Civil Veterinary Dept. Assam report 1911-1927 - 1911-1927
Year: 1911
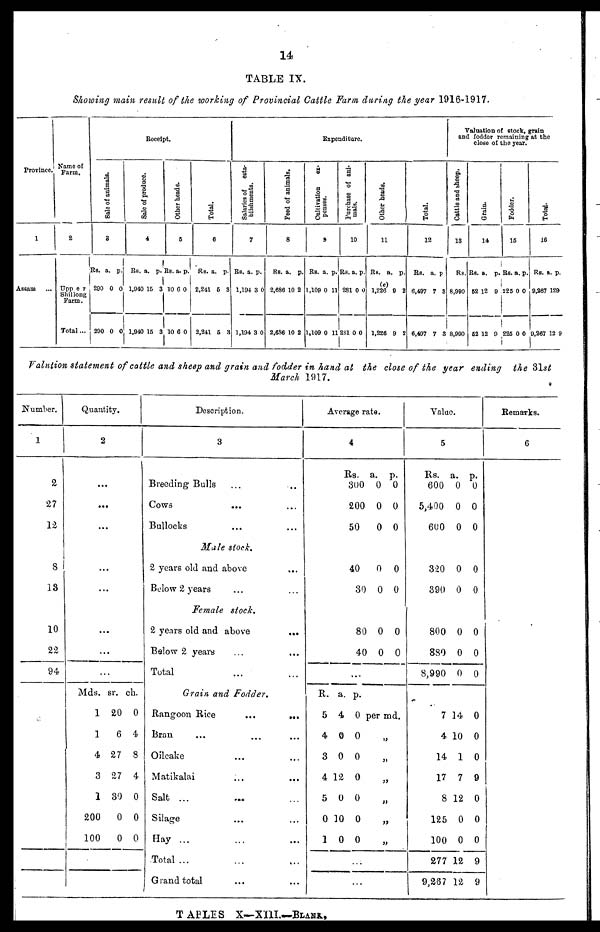
14
TABLE IX.
Showing main result of the working of Provincial Cattle Farm during the year 1916-1917.
Province.
1
Assam ...
Name of
Farm.
2
Upper
Shillong
Farm.
Total ...
Receipt.
Sale of animals.
3
Rs.
200
290
a.
0
0
p.
0
0
Sale of produce.
4
RS.
1,940
1,940
a.
15
15
p.
3
3
Other heads.
5
Rs.
10
10
a.
0
0
p.
0
0
Total.
6
RS.
2,241
2,241
a.
6
5
p.
3
3
Expenditure.
Salaries of esta-
blishments.
7
RS.
1,19
1,19
a.
4
4
p.
3 0
3 0
Feed of animals.
8
RS.
2,686
2,686
a.
10
10
p.
2
2
Cultivation ex-
penses.
9
Rs.
1,109
1,109
a.
0
0
p.
11
11
Purchase of ani-
mals.
10
Rs.
281
281
a.
0
0
p.
0
0
Other heads.
11
RS
.
1,
(c
226
1,
226
a.
)
9
9
p.
2
2
Tot al .
12
Rs.
6,497
6,497
a.
7
7
p.
8
3
Valuation of stock, grain
and fodder remaining at the
close of the year.
Cattle and sheep.
13
RS.
8,990
8,990
Grain.
14
Rs.
52
52
a.
12
12
p.
9
9
Fodder.
15
Rs.
225
225
a.
0
0
p.
0
0
Total.
16
RS.
9,267
9,267
a.
12
12
p.
9
9
Valution statement of cattle and sheep and grain and fodder in hand at the close of the year ending the 31 st
March 1917.
Number.
1
2
27
12
8
13
10
22
94
Quantity.
2
..
...
..
..
..
..
Mds.
1
1
4
3
1
200
100
.
.
.
.
.
sr.
20
6
27
27
30
0
0
ch.
0
4
8
4
0
0
0
Description.
3
Breeding Bulls ... ..
Cows
...
Bullocks
Male stock.
2 years old and above
Below 2 years
Female
stock.
2 years old and above
...
Balow 2 years
Total
Grain and Fodder.
Rangoon Rice
...
...
Bran.
Oilcake
Matikalai ... ...
Salt ...
...
...
Silage
Hay ...
Total ... ... ...
Grand total ... ...
Average rate.
4
Rs.
300
200
50
40
30
80
40
...
R. a. p.
5 4 0
4 0 0
3 0 0
4 12 0
5 0 0
0 10 0
10
0
...
a.
0
0
0
0
0
0
0
p.
0
0
0
0
0
0
0
per md.
„
„
Value.
5
Rs.
600
5,400
600
320
390
800
880
8,990
7
4
14
17
8
125
100
277
9,267
a.
0
0
0
0
0
0
0
0
14
10
1
7
12
0
0
12
12
p.
0
0
0
0
0
0
0
0
0
0
0
9
0
0
0
9
9
Remarks.
6
T ABLES X—XIII.—BLANK.